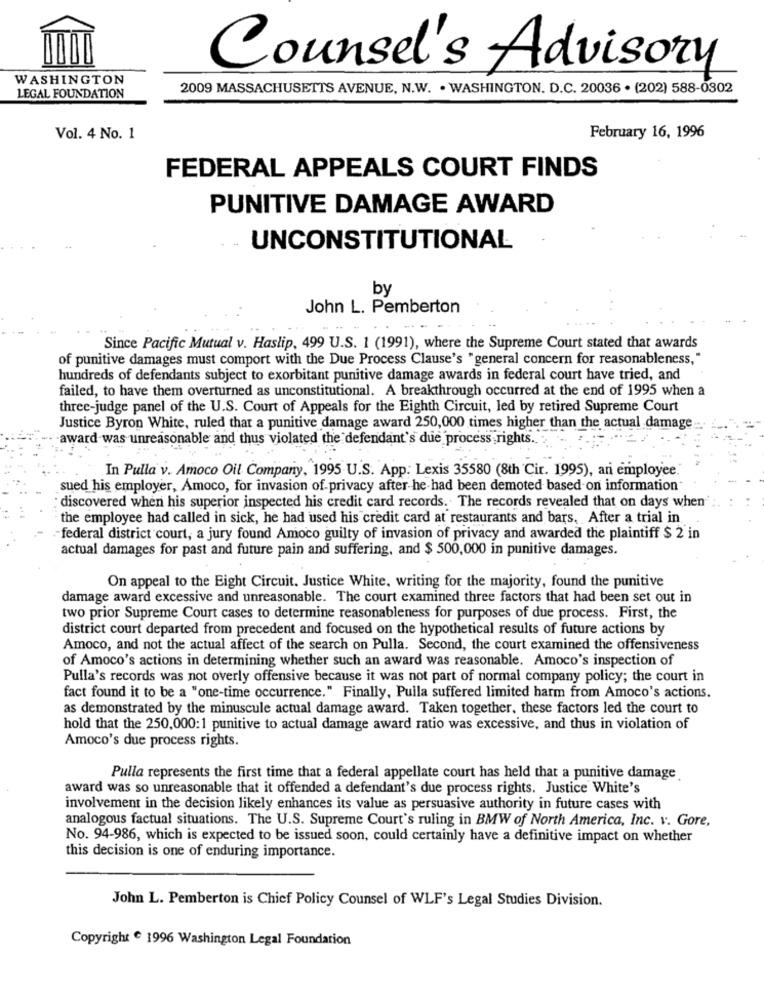
Counsel's Advisory
WASHINGTON
2009 MASSACHUSETTS AVENUE, N.W. . WASHINGTON. D.C. 20036 · (202) 588-0302
LEGAL FOUNDATION
Vol. 4 No. 1
February 16, 1996
FEDERAL APPEALS COURT FINDS
PUNITIVE DAMAGE AWARD
-
UNCONSTITUTIONAL
by
John L. Pemberton
Since Pacific Mutual v. Haslip, 499 U.S. 1 (1991), where the Supreme Court stated that awards
of punitive damages must comport with the Due Process Clause's "general concern for reasonableness,"
hundreds of defendants subject to exorbitant punitive damage awards in federal court have tried, and
failed, to have them overturned as unconstitutional. A breakthrough occurred at the end of 1995 when a
three-judge panel of the U.S. Court of Appeals for the Eighth Circuit, led by retired Supreme Court
Justice Byron White, ruled that a punitive damage award 250,000 times higher than the actual damage
award was unreasonable and thus violated the defendant's due process rights.
In Pulla v. Amoco Oil Company, 1995 U.S. App: Lexis 35580 (8th 'Cir. 1995), an employee
sued his employer, Amoco, for invasion of privacy after he had been demoted based on information"
discovered when his superior inspected his credit card records. The records revealed that on days when'
the employee had called in sick, he had used his credit card at restaurants and bars, After a trial in
-federal district court, a jury found Amoco guilty of invasion of privacy and awarded the plaintiff $ 2 in
actual damages for past and future pain and suffering, and $ 500,000 in punitive damages.
On appeal to the Eight Circuit. Justice White, writing for the majority, found the punitive
damage award excessive and unreasonable. The court examined three factors that had been set out in
two prior Supreme Court cases to determine reasonableness for purposes of due process. First, the
district court departed from precedent and focused on the hypothetical results of future actions by
Amoco, and not the actual affect of the search on Pulla. Second, the court examined the offensiveness
of Amoco's actions in determining whether such an award was reasonable. Amoco's inspection of
Pulla's records was not overly offensive because it was not part of normal company policy; the court in
fact found it to be a "one-time occurrence." Finally, Pulla suffered limited harm from Amoco's actions.
as demonstrated by the minuscule actual damage award. Taken together, these factors led the court to
hold that the 250,000:1 punitive to actual damage award ratio was excessive, and thus in violation of
Amoco's due process rights.
Pulla represents the first time that a federal appellate court has held that a punitive damage
award was so unreasonable that it offended a defendant's due process rights. Justice White's
involvement in the decision likely enhances its value as persuasive authority in future cases with
analogous factual situations. The U.S. Supreme Court's ruling in BMW of North America, Inc. v. Gore,
No. 94-986, which is expected to be issued soon, could certainly have a definitive impact on whether
this decision is one of enduring importance.
John L. Pemberton is Chief Policy Counsel of WLF's Legal Studies Division.
Copyright 1996 Washington Legal Foundation